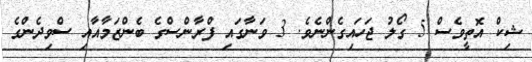
ޝިކް އޮތީވެސް 5 ގޯލު ޖަހައިގެންނެވެ. 3 ވަނާގައި ފްރާންސްގެ ބެންޒަމާއާއި ސްވިދެންގެ